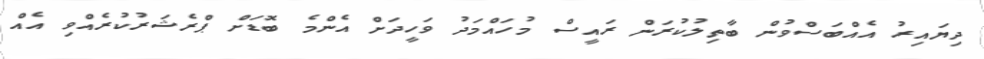
ދިޔައިރު އެއްބަސްވުން ބާތިލުކުރަން ރައީސް މުހައްމަދު ވަހީދަށް އެންމެ ބޮޑަށް ޕްރެޝަރުކުރެއްވި އެއް